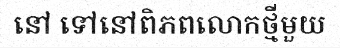
នៅ ទៅនៅពិភពលោកថ្មីមួយ